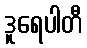
ဒူရေပါတီ